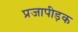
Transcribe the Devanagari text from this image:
प्रजापीड़क